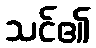
သင်၏